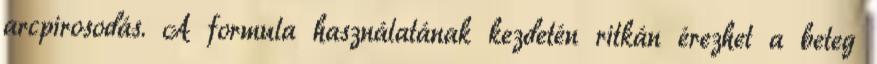
arcpirosodás. A formula használatának kezdetén ritkán érezhet a beteg